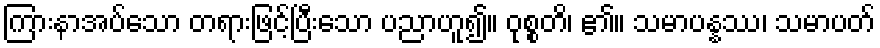
ကြားနာအပ်သော တရားဖြင့်ပြီးသော ပညာဟူ၍။ ဝုစ္စတိ၊ ၏။ သမာပန္နဿ၊ သမာပတ်